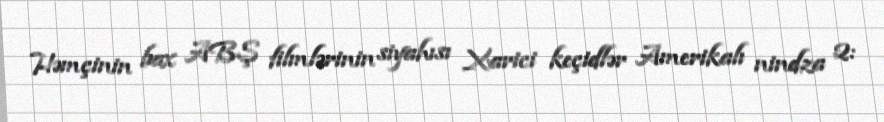
Həmçinin bax ABŞ filmlərinin siyahısı Xarici keçidlər Amerikalı nindza 2: